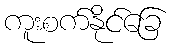
ကူးစက်နိုင်ခြေ